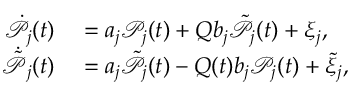
\begin{array} { r l } { \dot { \mathcal { P } } _ { j } ( t ) } & { { } = a _ { j } \mathcal { P } _ { j } ( t ) + Q b _ { j } \tilde { \mathcal { P } } _ { j } ( t ) + \xi _ { j } , } \\ { \dot { \tilde { \mathcal { P } } } _ { j } ( t ) } & { { } = a _ { j } \tilde { \mathcal { P } } _ { j } ( t ) - Q ( t ) b _ { j } \mathcal { P } _ { j } ( t ) + \tilde { \xi } _ { j } , } \end{array}